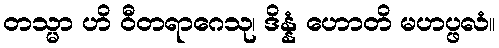
တသ္မာ ဟိ ဝီတရာဂေသု၊ ဒိန္နံ ဟောတိ မဟပ္ဖလံ။